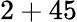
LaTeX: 2+45